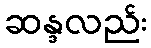
ဆန္ဒလည်း